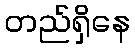
တည်ရှိနေ